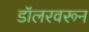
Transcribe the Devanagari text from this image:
डॉलरवरून